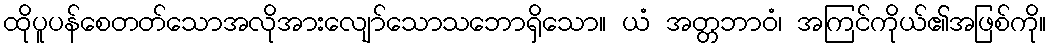
ထိုပူပန်စေတတ်သောအလိုအားလျော်သောသဘောရှိသော။ ယံ အတ္တဘာဝံ၊ အကြင်ကိုယ်၏အဖြစ်ကို။